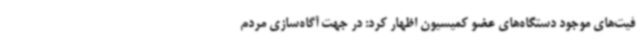
فیت‌های موجود دستگاه‌های عضو کمیسیون اظهار کرد: در جهت آگاه‌سازی مردم